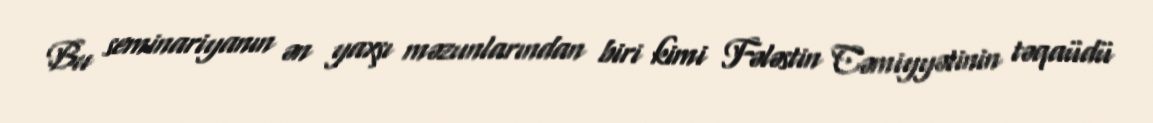
Bu seminariyanın ən yaxşı məzunlarından biri kimi Fələstin Cəmiyyətinin təqaüdü